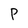
Character: P